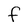
Character: f